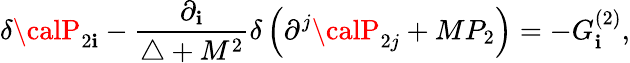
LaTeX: \delta{\calP}_{2\mathbf{i}}-\frac{{\partial_{\mathbf{i}}}}{{\triangle+M^{2}}}\delta\left(\partial^{j}{\calP}_{2j}+MP_{2}\right)=-G_{\mathbf{i}}^{(2)},